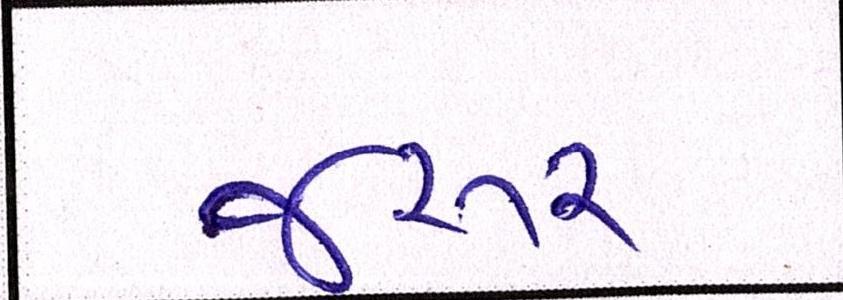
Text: જરૂર